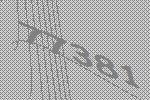
77381